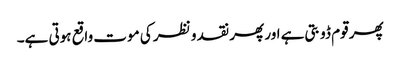
پھر قوم ڈوبتی ہے اور پھر نقد و نظر کی موت واقع ہوتی ہے۔